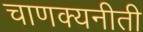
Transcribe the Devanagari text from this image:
चाणक्यनीती